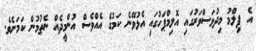
އެ ފިލްމު މިދުވަސްވަރުގައި އޮލިމްޕަހުގައި އެޅުވޭނެ ކަމުގެ އެއްވެސް އުންމީދެއް ނެތުމުން ކަމަށެވެ.